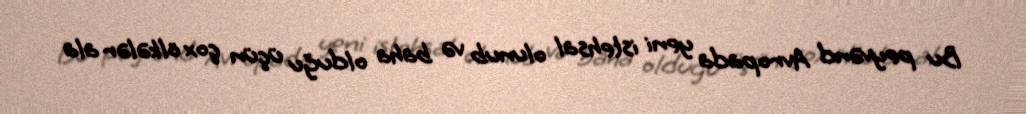
Bu peyvənd Avropada yeni istehsal olunub və baha olduğu üçün çox ölkələr ala